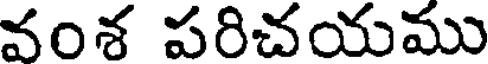
వంశ పరిచయము